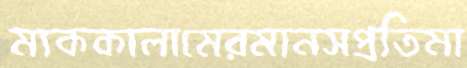
ম্যককালামেরমানসপ্রতিমা